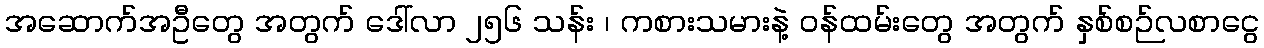
အဆောက်အဦတွေ အတွက် ဒေါ်လာ ၂၅၆ သန်း ၊ ကစားသမားနဲ့ ဝန်ထမ်းတွေ အတွက် နှစ်စဉ်လစာငွေ